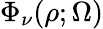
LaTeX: \Phi_{\nu}(\rho;\Omega)